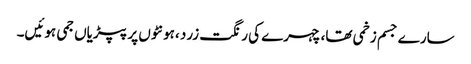
سارے جسم زخمی تھا، چہرے کی رنگت زرد ،ہونٹوں پر پپڑیاں جمی ہوئیں۔